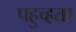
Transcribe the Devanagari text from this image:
पहुच्हता